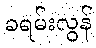
ခရမ်းလွန်